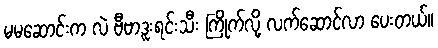
မမဆောင်းက လဲ ဗီဗာဒူးရင်းသီး ကြိုက်လို့ လက်ဆောင်လာ ပေးတယ်။